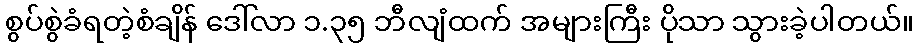
စွပ်စွဲခံရတဲ့စံချိန် ဒေါ်လာ ၁.၃၅ ဘီလျံထက် အများကြီး ပိုသာ သွားခဲ့ပါတယ်။